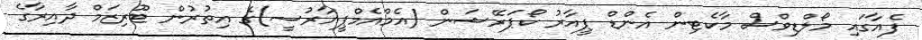
ފެއާގައި މޯލްޑިވްސް މާކެޓިން އެންޑް ޕީއާރު ކޯޕަރޭޝަން (އެމްއެމްޕީއާރުސީ)ގެ އިތުރުން ޓޫރިޒަމް ދާއިރާގެ